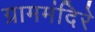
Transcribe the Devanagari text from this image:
ग्राममंदिरे